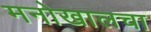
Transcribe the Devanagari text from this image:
मनोखालचा